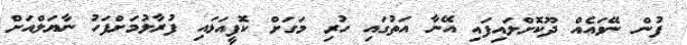
ފުން ނޭވައެއް ދޫކޮށްލައިފައި އޭނާ އަތުގައި ހުރި މަގަށް ކޮފީއަޅައި ފުރާލުމަށްފަހު ނާޔަލްއަށް